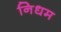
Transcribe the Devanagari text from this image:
निधम